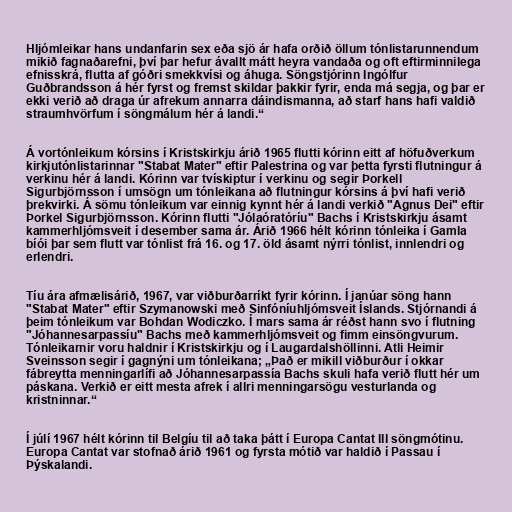
Hljómleikar hans undanfarin sex eða sjö ár hafa orðið öllum tónlistarunnendum
mikið fagnaðarefni, því þar hefur ávallt mátt heyra vandaða og oft eftirminnilega
efnisskrá, flutta af góðri smekkvísi og áhuga. Söngstjórinn Ingólfur
Guðbrandsson á hér fyrst og fremst skildar þakkir fyrir, enda má segja, og þar er
ekki verið að draga úr afrekum annarra dáindismanna, að starf hans hafi valdið
straumhvörfum í söngmálum hér á landi.“

Á vortónleikum kórsins í Kristskirkju árið 1965 flutti kórinn eitt af höfuðverkum
kirkjutónlistarinnar "Stabat Mater" eftir Palestrina og var þetta fyrsti flutningur á
verkinu hér á landi. Kórinn var tvískiptur í verkinu og segir Þorkell
Sigurbjörnsson í umsögn um tónleikana að flutningur kórsins á því hafi verið
þrekvirki. Á sömu tónleikum var einnig kynnt hér á landi verkið "Agnus Dei" eftir
Þorkel Sigurbjörnsson. Kórinn flutti "Jólaóratóríu" Bachs í Kristskirkju ásamt
kammerhljómsveit í desember sama ár. Árið 1966 hélt kórinn tónleika í Gamla
bíói þar sem flutt var tónlist frá 16. og 17. öld ásamt nýrri tónlist, innlendri og
erlendri.

Tíu ára afmælisárið, 1967, var viðburðarríkt fyrir kórinn. Í janúar söng hann
"Stabat Mater" eftir Szymanowski með Sinfóníuhljómsveit Íslands. Stjórnandi á
þeim tónleikum var Bohdan Wodiczko. Í mars sama ár réðst hann svo í flutning
"Jóhannesarpassíu" Bachs með kammerhljómsveit og fimm einsöngvurum.
Tónleikarnir voru haldnir í Kristskirkju og í Laugardalshöllinni. Atli Heimir
Sveinsson segir í gagnýni um tónleikana; „Það er mikill viðburður í okkar
fábreytta menningarlífi að Jóhannesarpassía Bachs skuli hafa verið flutt hér um
páskana. Verkið er eitt mesta afrek í allri menningarsögu vesturlanda og
kristninnar.“

Í júlí 1967 hélt kórinn til Belgíu til að taka þátt í Europa Cantat III söngmótinu.
Europa Cantat var stofnað árið 1961 og fyrsta mótið var haldið í Passau í
Þýskalandi.